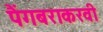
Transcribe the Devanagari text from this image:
पैंगबराकरवी